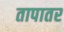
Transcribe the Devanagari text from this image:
तापातर